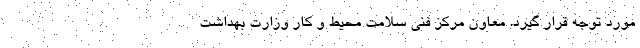
مورد توجه قرار گیرد. معاون مرکز فنی سلامت محیط و کار وزارت بهداشت